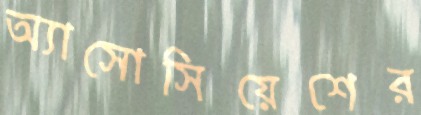
অ্যাসোসিয়েশের